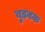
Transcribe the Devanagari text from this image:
बुड़बक